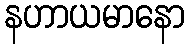
နဟာယမာနော